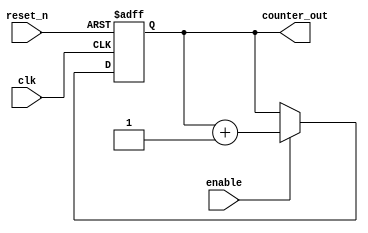
`timescale 1ns/1ps

    module up_counter #(parameter counter_bits = 4) 
    (
        input clk, reset_n,enable, 
        output[counter_bits-1:0] counter_out
    );

        reg [counter_bits-1:0] q_reg, q_next;


        always @(posedge clk, negedge reset_n) begin
            if (~reset_n)
                q_reg <= 'd0;
            else
                if(enable)
                    q_reg <= q_next;
                else
                    q_reg <= q_reg;

        end
        

        always @(*) begin
            q_next = q_reg + 1'b1; 
        end



        assign counter_out = q_reg;

    endmodule




module up_counter_tb();


  localparam counter_bits = 7;
  localparam period = 5;

  reg clk, reset_n, enable;
  wire [counter_bits-1:0]counter_out;


   up_counter #(.counter_bits(counter_bits))UUT (.clk(clk), .reset_n(reset_n), .counter_out(counter_out), .enable(enable));



  initial begin
    #1000;
    $finish;
  end


  always begin
    clk = 1'b1;
    #period;
    clk = 1'b0;
    #period;
  end

  initial begin
    enable=1'b1;
    reset_n = 1'b0;
    #period;
    reset_n = 1'b1;

  end

  initial begin
    $monitor("time = %d\t  output = %d\t reset = %b", $time, counter_out, reset_n);
  end


endmodule